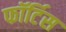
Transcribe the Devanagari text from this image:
फॉर्टिस